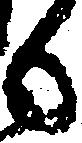
も